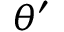
\theta ^ { \prime }